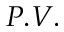
P . V .